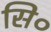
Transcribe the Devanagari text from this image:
सि०